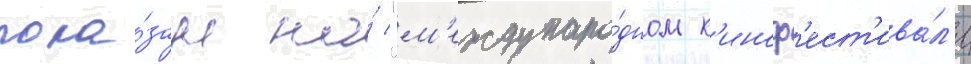
пока́зан на́ "м'еждунаро́дном к'иноф'ест'ива́л'е